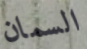
السمان